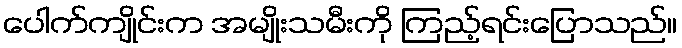
ပေါက်ကျိုင်းက အမျိုးသမီးကို ကြည့်ရင်းပြောသည်။